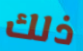
ذلك